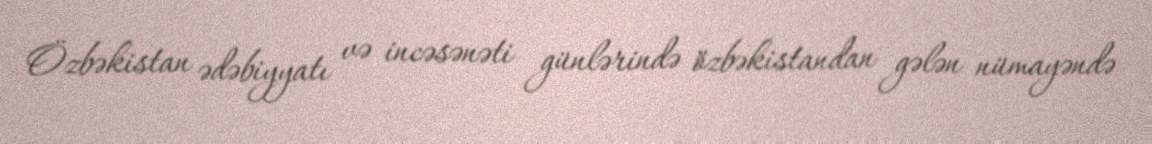
Özbəkistan ədəbiyyatı və incəsənəti günlərində özbəkistandan gələn nümayəndə